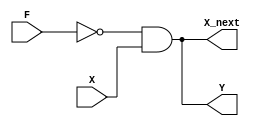
//X+ la trang thai ke tiep cua X: neu X+=0 thi ngo ra Y luon la 0 (dong nghia voi viec truoc do da phat hien duoc bit 1)
//											 neu X+=1; xet ngo vao F de biet duoc ngo ra Y la gi
//X+=Y
//Y=~F&X+

module Counter_1bit_1(F, X, X_next, Y);
	input F;//bit ngo vao
	input X;//bit trang thai ke tiep
	output Y;//neu truoc do ngo ra la 1 va ngo vao la 0 thi Y=1
	output X_next;//trang thai ke tiep cua X
	
	//and u1(X, 1'b1, 1'b1);
	not u2(temp1, F);
	and u3(Y, temp1, X);
	and u4(X_next, Y, 1'b1);
	
endmodule